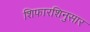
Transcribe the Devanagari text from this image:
शिफारशिनुसार